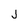
Character: J